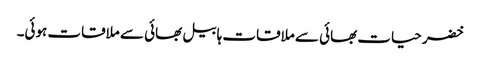
خضر حیات بھائی سے ملاقات ہابیل بھائی سے ملاقات ہوئی۔